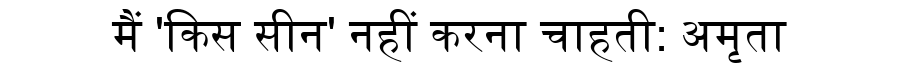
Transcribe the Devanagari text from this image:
मैं 'किस सीन' नहीं करना चाहती: अमृता